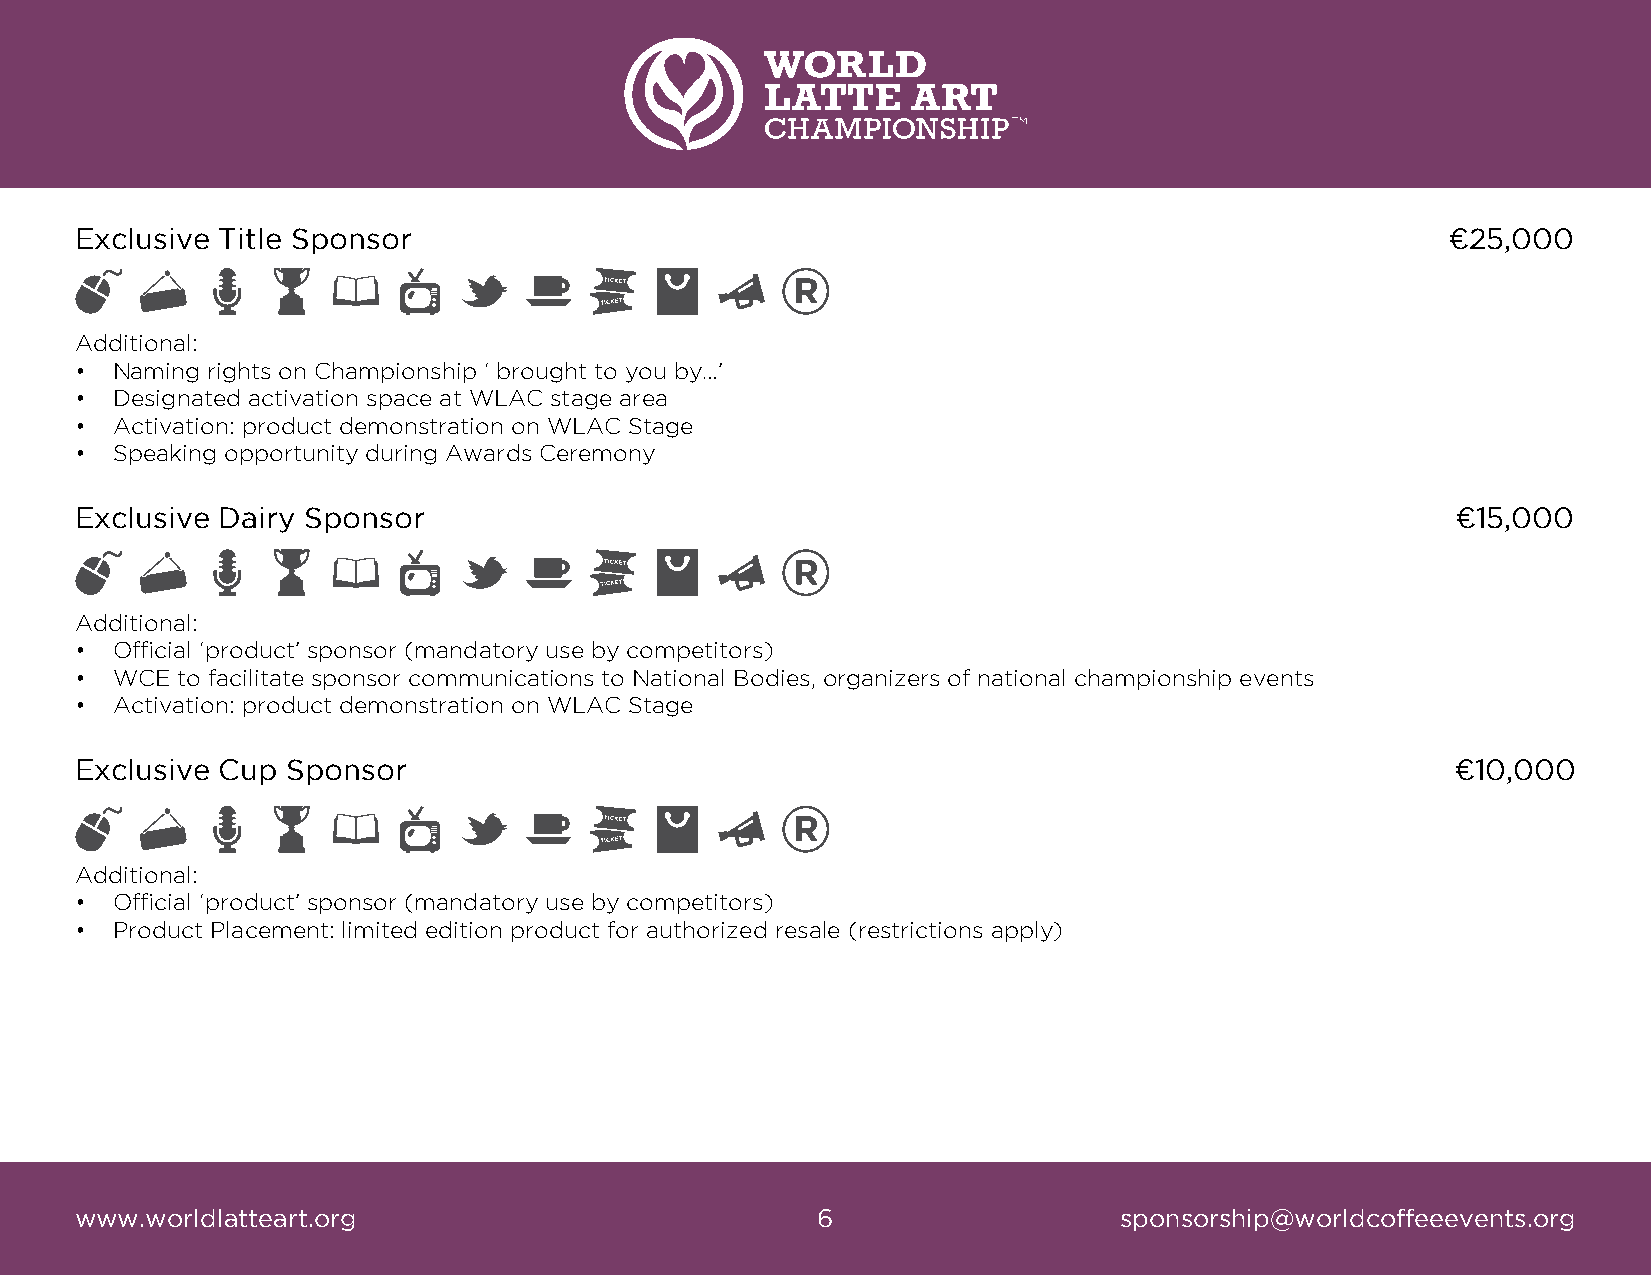
Exclusive Title Sponsor                                                                    ¤25,000
 Additional:
 • Naming rights on Championship ‘ brought to you by…’
 • Designated activation space at WLAC stage area
 • Activation: product demonstration on WLAC Stage
 • Speaking opportunity during Awards Ceremony
 Exclusive Dairy Sponsor                                                                    ¤15,000
 Additional:
 • Official ‘product’ sponsor (mandatory use by competitors)
 • WCE  to facilitate sponsor communications to National Bodies, organizers of national championship events
 • Activation: product demonstration on WLAC Stage
 Exclusive Cup Sponsor                                                                      ¤10,000
 Additional:
 • Official ‘product’ sponsor (mandatory use by competitors)
 • Product Placement: limited edition product for authorized resale (restrictions apply)
 www.worldlatteart.org                            6                   sponsorship@worldcoffeeevents.org